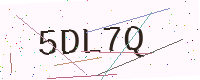
Text: 5DL7Q